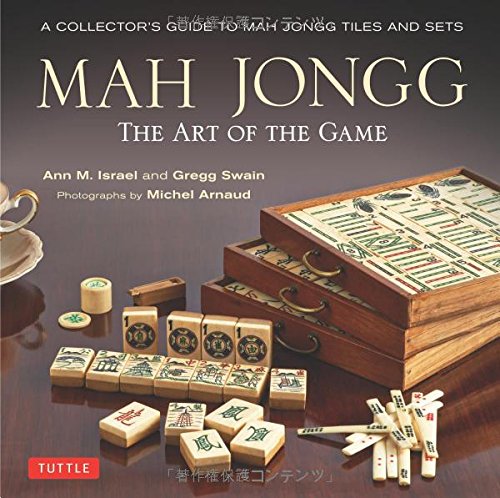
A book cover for Mah Jongg: The Art of the Game: A Collector's Guide to Mah Jongg Tiles and Sets; Ann Israel; Humor & Entertainment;